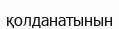
қолданатынын